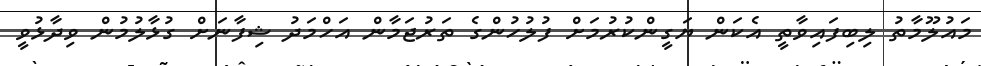
މައުލޫމާތު ލިބިފައިވާތީ އެކަން ޔަގީންކުރުމަށް ފުލުުހުންގެ ތަރުޖަމާން އަހްމަދު ޝިފާނަށް ގުޅާލުމުން ވިދާޅުވީ